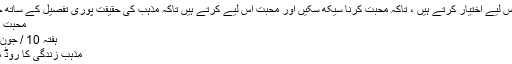
ہم مذہب اس لیے اختیار کرتے ہیں ، تاکہ محبّت کرنا سیکھ سکیں اور محبّت اس لیے کرتے ہیں تاکہ مذہب کی حقیقت پوری تفصیل کے ساتھ جان س">
محبّت اور مذہب
ہفتہ 10 / جون / 2017
مذہب زندگی کا روڈ میپ ہے ۔